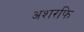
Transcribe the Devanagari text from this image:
अशरफि